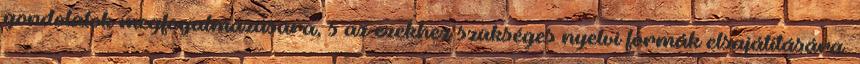
gondolatok megfogalmazására, s az ezekhez szükséges nyelvi formák elsajátítására.